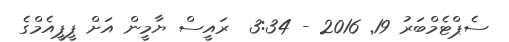
ސެޕްޓެމްބަރު 19